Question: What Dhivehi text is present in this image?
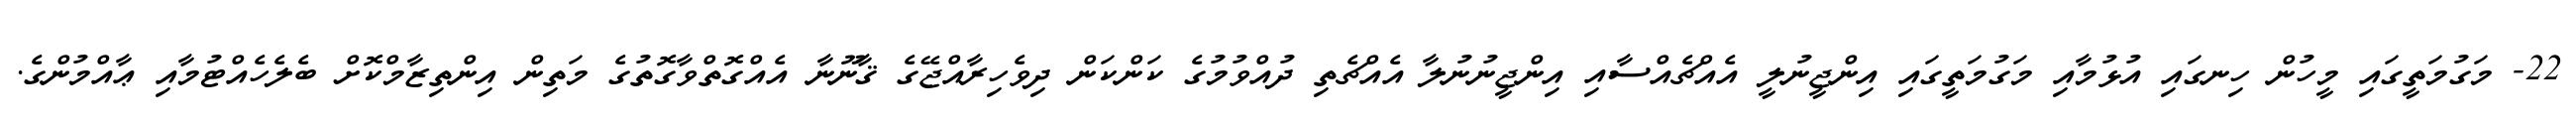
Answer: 22- މަގުމަތީގައި މީހުން ހިނގައި އުޅުމާއި މަގުމަތީގައި އިންޖީނުލީ އެއްޗެއްސާއި އިންޖީނުނުލާ އެއްޗެތި ދުއްވުމުގެ ކަންކަން ދިވެހިރާއްޖޭގެ ޤާނޫނާ އެއްގޮތްވާގޮތުގެ މަތިން އިންތިޒާމްކޮށް ބެލެހެއްޓުމާއި ޢާއްމުންގެ.